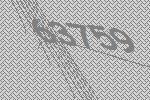
63759